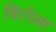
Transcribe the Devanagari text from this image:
विटोला